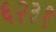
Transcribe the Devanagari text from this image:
६२३१